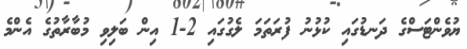
ޔުވެންޓަސްގެ ދަނޑުގައި ކުޅުނު ފުރަތަމަ ލެގުގައި 2-1 އިން ބަލިވި މުބާރާތުގެ އެންމެ